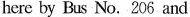
here by Bus No. 206 and